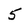
Character: 5